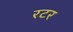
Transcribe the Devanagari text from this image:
रटर